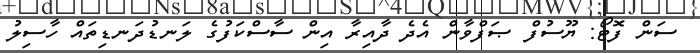
ސަން ފޮޓޯ: ޔޫސުފް ޞަފްވާން އެދެ ދާއިރާ އިން ސާސްކަފުގެ ލަނޑުދަނޑިތައް ހާސިލު